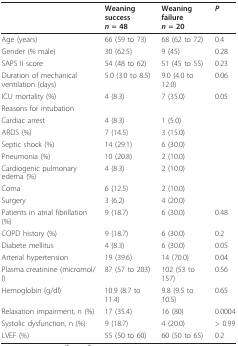
<table><thead><tr><td></td><td><b>Weaning success<i>n </i>= 48</b></td><td><b>Weaning failure<i>n </i>= 20</b></td><td><b><i>P</i></b></td></tr></thead><tbody><tr><td>Age (years)</td><td>66 (59 to 73)</td><td>68 (62 to 72)</td><td>0.4</td></tr><tr><td>Gender (% male)</td><td>30 (62.5)</td><td>9 (45)</td><td>0.28</td></tr><tr><td>SAPS II score</td><td>54 (48 to 62)</td><td>51 (45 to 55)</td><td>0.23</td></tr><tr><td>Duration of mechanicalventilation (days)</td><td>5.0 (3.0 to 8.5)</td><td>9.0 (4.0 to 12.0)</td><td>0.06</td></tr><tr><td>ICU mortality (%)</td><td>4 (8.3)</td><td>7 (35.0)</td><td>0.05</td></tr><tr><td>Reasons for intubation</td><td></td><td></td><td></td></tr><tr><td>Cardiac arrest</td><td>4 (8.3)</td><td>1 (5.0)</td><td></td></tr><tr><td>ARDS (%)</td><td>7 (14.5)</td><td>3 (15.0)</td><td></td></tr><tr><td>Septic shock (%)</td><td>14 (29.1)</td><td>6 (30.0)</td><td></td></tr><tr><td>Pneumonia (%)</td><td>10 (20.8)</td><td>2 (10.0)</td><td></td></tr><tr><td>Cardiogenic pulmonary edema (%)</td><td>4 (8.3)</td><td>2 (10.0)</td><td></td></tr><tr><td>Coma</td><td>6 (12.5)</td><td>2 (10.0)</td><td></td></tr><tr><td>Surgery</td><td>3 (6.2)</td><td>4 (20.0)</td><td></td></tr><tr><td>Patients in atrial fibrillation (%)</td><td>9 (18.7)</td><td>6 (30.0)</td><td>0.48</td></tr><tr><td>COPD history (%)</td><td>9 (18.7)</td><td>6 (30.0)</td><td>0.2</td></tr><tr><td>Diabete mellitus</td><td>4 (8.3)</td><td>6 (30.0)</td><td>0.05</td></tr><tr><td>Arterial hypertension</td><td>19 (39.6)</td><td>14 (70.0)</td><td>0.04</td></tr><tr><td>Plasma creatinine (micromol/l)</td><td>87 (57 to 203)</td><td>102 (53 to 157)</td><td>0.56</td></tr><tr><td>Hemoglobin (g/dl)</td><td>10.9 (8.7 to 11.4)</td><td>9.8 (9.5 to 10.5)</td><td>0.65</td></tr><tr><td>Relaxation impairment, n (%)</td><td>17 (35.4)</td><td>16 (80)</td><td>0.0004</td></tr><tr><td>Systolic dysfunction, n (%)</td><td>9 (18.7)</td><td>4 (20.0)</td><td>&gt; 0.99</td></tr><tr><td>LVEF (%)</td><td>55 (50 to 60)</td><td>60 (50 to 65)</td><td>0.2</td></tr></tbody></table>